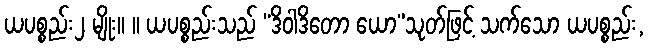
ယပစ္စည်း၂ မျိုး။ ။ ယပစ္စည်းသည် “ဒိဝါဒိတော ယော”သုတ်ဖြင့် သက်သော ယပစ္စည်း,